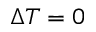
\Delta T = 0